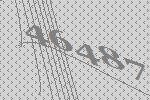
46487